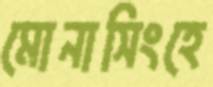
মোনাসিংহে